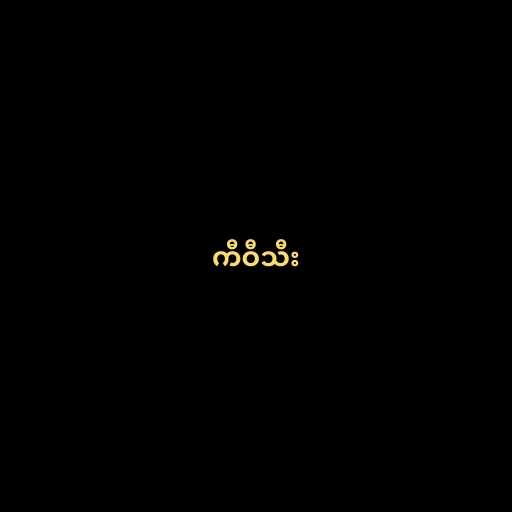
ကီဝီသီး